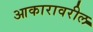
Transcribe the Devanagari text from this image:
आकारावरील